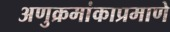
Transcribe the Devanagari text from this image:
अणुक्रमांकाप्रमाणे